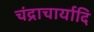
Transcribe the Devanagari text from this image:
चंद्राचार्यादि